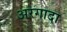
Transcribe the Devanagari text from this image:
अरगादा